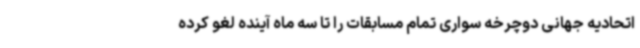
اتحادیه جهانی دوچرخه سواری تمام مسابقات را تا سه ماه آینده لغو کرده